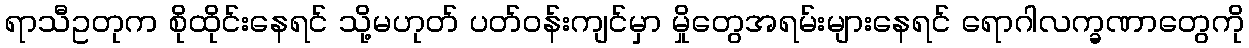
ရာသီဥတုက စိုထိုင်းနေရင် သို့မဟုတ် ပတ်ဝန်းကျင်မှာ မှိုတွေအရမ်းများနေရင် ရောဂါလက္ခဏာတွေကို